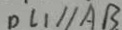
D L _ { 1 } / / A B